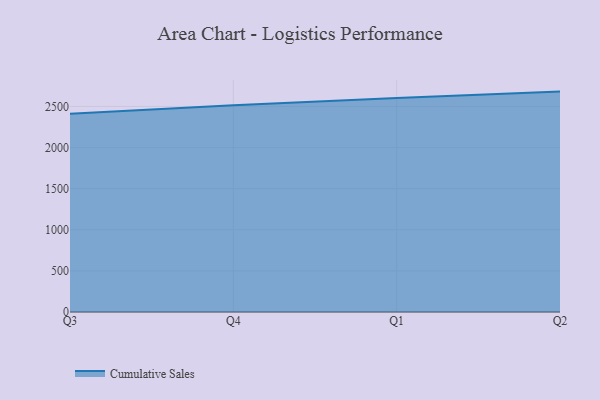
{"axis": {"x": "Quarter", "y": "Shipments"}, "legend": ["Cumulative Sales"], "data": [{"x": "Q3", "y": 2412.6, "type": "Cumulative Sales"}, {"x": "Q4", "y": 2514.4, "type": "Cumulative Sales"}, {"x": "Q1", "y": 2604.0, "type": "Cumulative Sales"}, {"x": "Q2", "y": 2680.6, "type": "Cumulative Sales"}]}